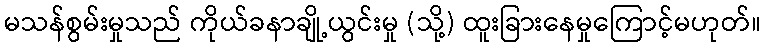
မသန်စွမ်းမှုသည် ကိုယ်ခနာချို့ယွင်းမှု (သို့) ထူးခြားနေမှုကြောင့်မဟုတ်။